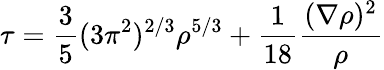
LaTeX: \tau=\frac{3}{5}(3\pi^{2})^{2/3}\rho^{5/3}+\frac{1}{18}\frac{(\nabla\rho)^{2}}{\rho}